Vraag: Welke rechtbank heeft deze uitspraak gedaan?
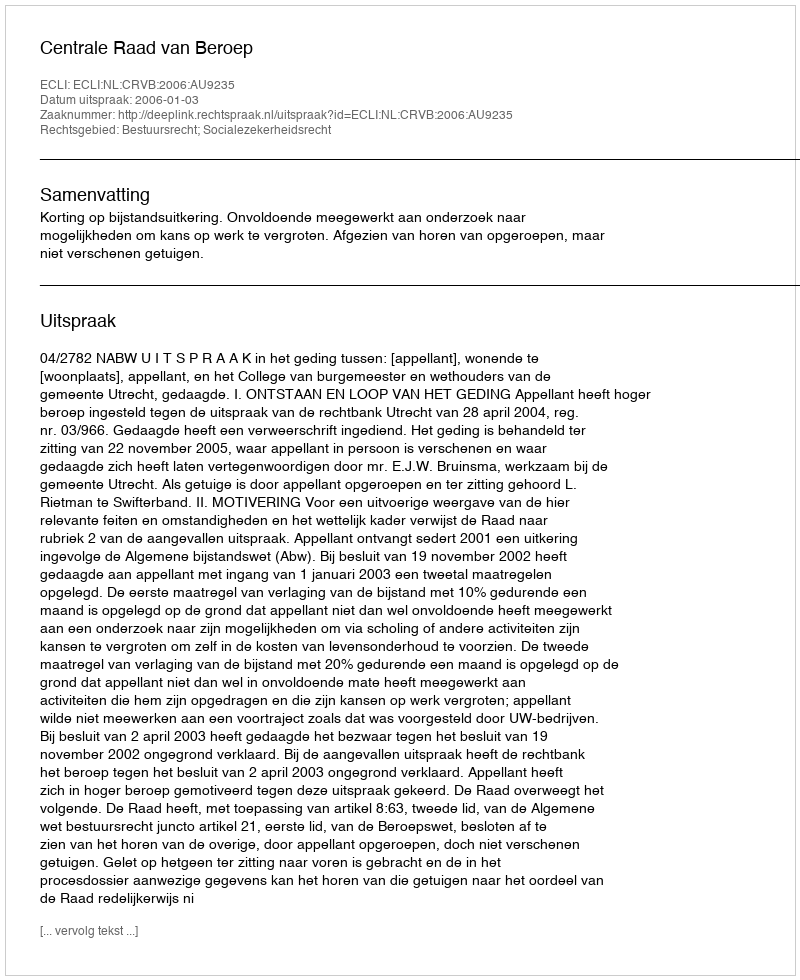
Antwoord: Centrale Raad van Beroep